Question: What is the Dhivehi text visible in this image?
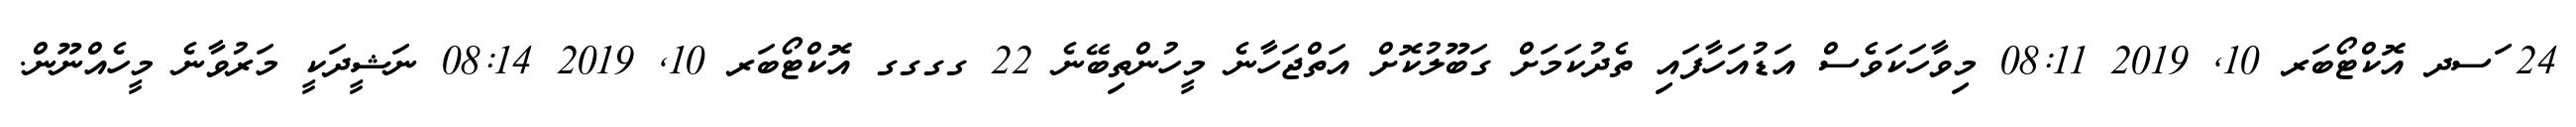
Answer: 24 ަސދ އޮކްޓޯބަރ 10, 2019 08:11 މިވާހަކަވެސް އަޑުއަހާފައި ތެދުކަމަށް ގަބޫލުކޮށް އަތްޖަހާނެ މީހުންތިބޭނެ 22 ގގގގ އޮކްޓޯބަރ 10, 2019 08:14 ނަޝީދަކީ މަރުވާނެ މީހެއްނޫން.